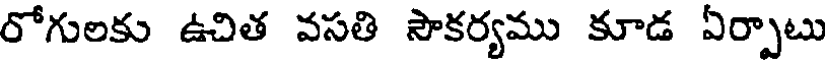
రోగులకు ఉచిత వసతి సౌకర్యము కూడ ఏర్పాటు